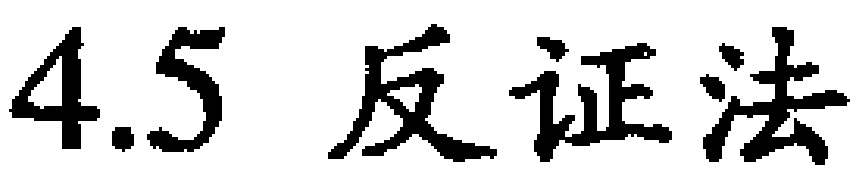
$4.5\ 反证法$